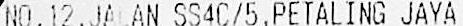
NO.12,JALAN SS4C/5,PETALING JAYA